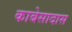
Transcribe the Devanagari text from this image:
काबेसादास